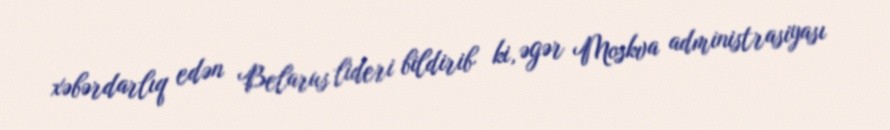
xəbərdarlıq edən Belarus lideri bildirib ki, əgər Moskva administrasiyası